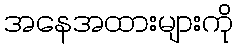
အနေအထားများကို